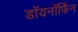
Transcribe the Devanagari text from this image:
डॉयनॉर्फिन